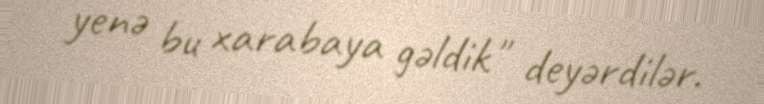
yenə bu xarabaya gəldik" deyərdilər.